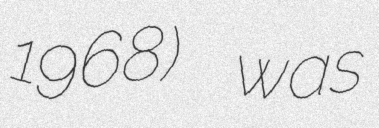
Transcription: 1968) was